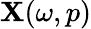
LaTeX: \mathbf{X}(\omega,p)